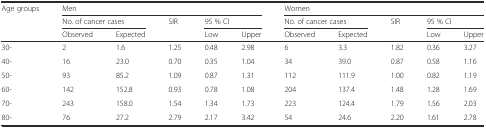
<table><thead><tr><td rowspan="3"><b>Age groups</b></td><td colspan="5"><b>Men</b></td><td colspan="5"><b>Women</b></td></tr><tr><td colspan="2"><b>No. of cancer cases</b></td><td rowspan="2"><b>SIR</b></td><td colspan="2"><b>95 % CI</b></td><td colspan="2"><b>No. of cancer cases</b></td><td rowspan="2"><b>SIR</b></td><td colspan="2"><b>95 % CI</b></td></tr><tr><td><b>Observed</b></td><td><b>Expected</b></td><td><b>Low</b></td><td><b>Upper</b></td><td><b>Observed</b></td><td><b>Expected</b></td><td><b>Low</b></td><td><b>Upper</b></td></tr></thead><tbody><tr><td>30-</td><td>2</td><td>1.6</td><td>1.25</td><td>0.48</td><td>2.98</td><td>6</td><td>3.3</td><td>1.82</td><td>0.36</td><td>3.27</td></tr><tr><td>40-</td><td>16</td><td>23.0</td><td>0.70</td><td>0.35</td><td>1.04</td><td>34</td><td>39.0</td><td>0.87</td><td>0.58</td><td>1.16</td></tr><tr><td>50-</td><td>93</td><td>85.2</td><td>1.09</td><td>0.87</td><td>1.31</td><td>112</td><td>111.9</td><td>1.00</td><td>0.82</td><td>1.19</td></tr><tr><td>60-</td><td>142</td><td>152.8</td><td>0.93</td><td>0.78</td><td>1.08</td><td>204</td><td>137.4</td><td>1.48</td><td>1.28</td><td>1.69</td></tr><tr><td>70-</td><td>243</td><td>158.0</td><td>1.54</td><td>1.34</td><td>1.73</td><td>223</td><td>124.4</td><td>1.79</td><td>1.56</td><td>2.03</td></tr><tr><td>80-</td><td>76</td><td>27.2</td><td>2.79</td><td>2.17</td><td>3.42</td><td>54</td><td>24.6</td><td>2.20</td><td>1.61</td><td>2.78</td></tr></tbody></table>